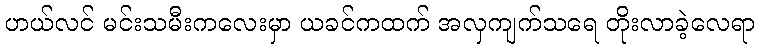
ဟယ်လင် မင်းသမီးကလေးမှာ ယခင်ကထက် အလှကျက်သရေ တိုးလာခဲ့လေရာ